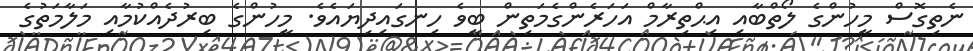
ނެތިގޮސް މީހުންގެ ލޯތްބާއި އިޙްތިރާމް އަހަރެންގެމަތިން ބީވެ ހިނގައިދިޔައެވެ. މީހުންގެ ބިރުދެއްކުމާއި މަލާމަތުގެ